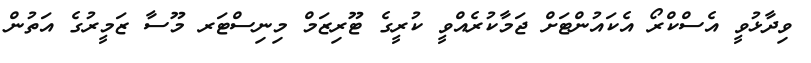
ވިދާޅުވީ އެސްކްރޯ އެކައުންޓަށް ޖަމާކުރެއްވީ ކުރީގެ ޓޫރިޒަމް މިނިސްޓަރ މޫސާ ޒަމީރުގެ އަތުން